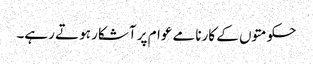
حکومتوں کے کارنامے عوام پر آشکار ہوتے رہے۔